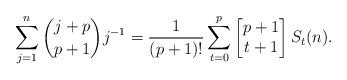
LaTeX: \begin{align*}\sum_{j=1}^{n} \binom{j+p}{p+1} j^{-1} = \frac{1}{(p+1)!} \sum_{t=0}^{p}\begin{bmatrix} p+1 \\ t+1 \end{bmatrix} S_{t}(n).\end{align*}